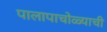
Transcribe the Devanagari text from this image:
पालापाचोळ्याची